Lunatic asylums Punjab 1868-1880 - 1868-1880
Year: 1868
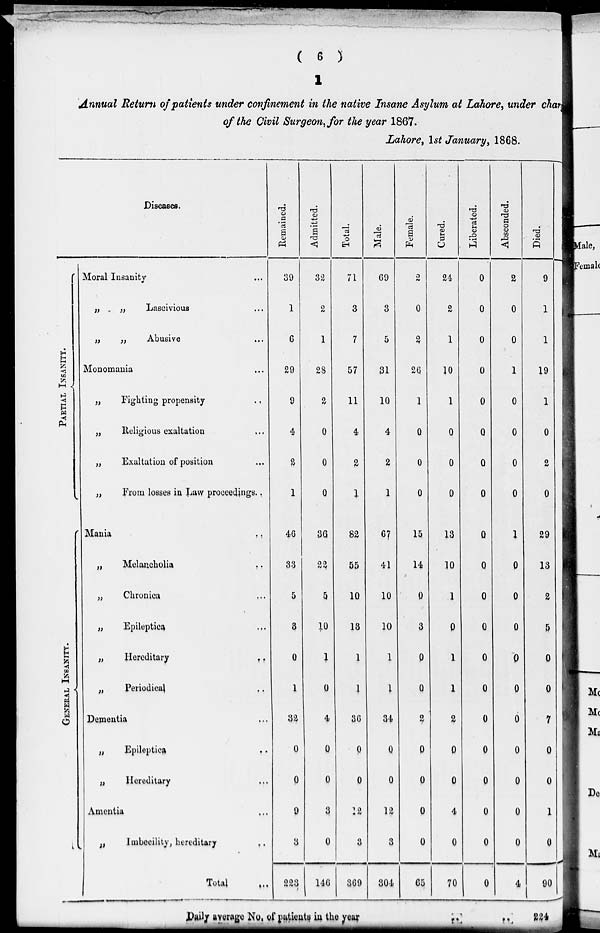
( 6 )
1
Annual Return of patients under confinement in the native Insane Asylum at Lahore, under charge
of the Civil Surgeon, for the year 1867.
Lahore, 1st January, 1868.
Diseases.
PARTIAL INSANITY.
GENERAL
I NSANI TY.
Moral Insanity
„
„
Lascivious ...
„
„
Abusive ...
Monomania ...
„
Fighting propensity
..
„
Religious exaltation ...
„
Exaltation of position ...
„
From losses in Law proceedings..
Mania
..
„
Melancholia
..
„
Chronica ..
„
Epileptica ..
„
Hereditary
..
„
Periodical ..
Dementia ...
„
Epileptica ..
„
Hereditary ..
Amentia ...
„
Imbecility, hereditary ..
Total ...
Remained.
39
1
6
29
9
4
2
1
46
33
5
3
0
1
32
0
0
9
3
223
Admitted.
32
2
1
28
2
0
0
0
36
22
5
10
1
0
4
0
0
3
0
146
Total.
71
3
7
57
11
4
2
1
82
55
10
13
1
1
36
0
0
12
3
369
Male.
69
3
5
31
10
4
2
1
67
41
10
10
1
1
34
0
0
12
3
304
Female.
2
0
2
26
1
0
0
0
15
14
0
3
0
0
2
0
0
0
0
65
Daily average No. of patients in the year
Cured.
24
2
1
10
1
0
0
0
13
10
1
0
1
1
2
0
0
4
0
70
..
Liberated.
0
0
0
0
0
0
0
0
0
0
0
0
0
0
0
0
0
0
0
0
Absconded.
2
0
0
1
0
0
0
0
1
0
0
0
0
0
0
0
0
0
0
4
..
Died.
9
1
1
19
1
0
2
0
29
13
2
5
0
0
7
0
0
1
0
90
224